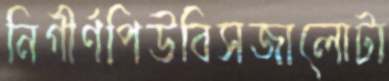
নিগীর্ণপিউবিসজালোটা